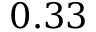
0 . 3 3